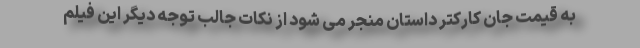
به قیمت جان کارکتر داستان منجر می شود از نکات جالب توجه دیگر این فیلم